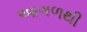
આગળથી